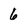
Character: 6